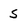
Character: s